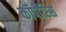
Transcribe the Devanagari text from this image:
कॉर्पोरिस